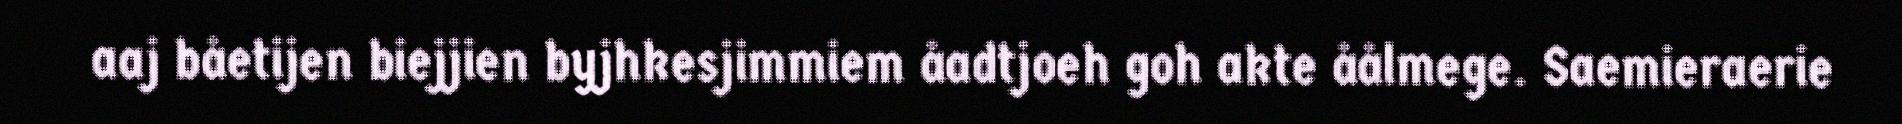
aaj båetijen biejjien byjhkesjimmiem åadtjoeh goh akte åålmege. Saemieraerie